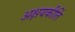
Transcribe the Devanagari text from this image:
अक्षयकीर्ति